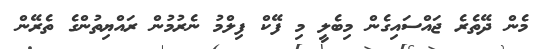
މެން ދޭތެރެ ޖައްސައިގެން މިބެލީ މި ފޭކް ފިލްމު ނެރުމުން ރައްޔިތުންގެ ތެރޭން